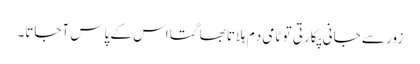
زور سے جانی پکارتی تو ٹامی دَم ہلاتا بھاگتا اس کے پاس آجاتا۔